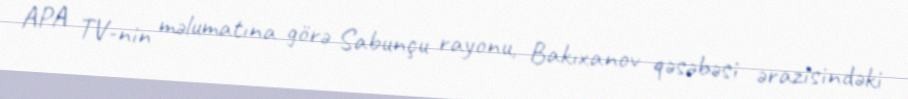
APA TV-nin məlumatına görə Sabunçu rayonu, Bakıxanov qəsəbəsi ərazisindəki